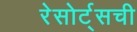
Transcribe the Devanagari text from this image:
रेसोर्ट्सची